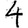
Digit: 4